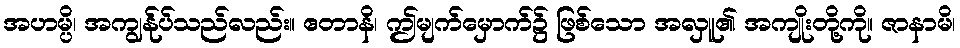
အဟမ္ပိ၊ အကျွန်ုပ်သည်လည်း။ ဧတာနိ၊ ဤမျက်မှောက်၌ ဖြစ်သော အလှူ၏ အကျိုးတို့ကို။ ဇာနာမိ၊